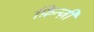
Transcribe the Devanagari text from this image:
फ़िन्ज़ी